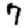
Digit: 7